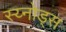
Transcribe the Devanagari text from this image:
स्य्नोड्स